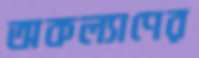
অকল্যাণের